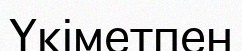
Үкіметпен